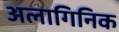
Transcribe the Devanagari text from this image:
अलागिनिक